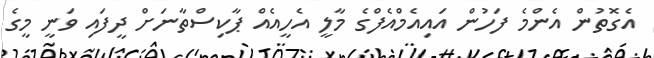
އެގޮތުން އެންމެ ފަހުން އައިއެމްއެފްގެ މާލީ އެހީއެއް ޕާކިސްތާނަށް ދީފައި ވަނީ މީގެ